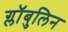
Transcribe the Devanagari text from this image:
ग्लॉबुलिन